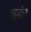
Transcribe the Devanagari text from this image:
पसंच